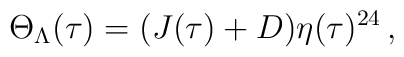
\Theta_\Lambda(\tau)=(J(\tau)+D)\eta(\tau)^{24}\,,